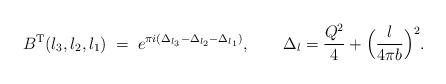
LaTeX: \begin{align*}B^{\rm T}(l_3,l_2,l_1)\;=\;e^{\pi i(\Delta_{l_3}-\Delta_{l_2}-\Delta_{l_1})},\qquad \Delta_l=\frac{Q^2}{4}+\Bigl(\frac{l}{4\pi b}\Bigr)^2.\end{align*}